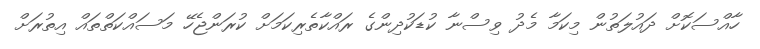
ހާއްސަކޮށް ދައުލަތުން މިކަމާ މެދު ވިސްނާ ކުޑަކުދިންގެ ރައްކާތެރިކަމަށް ކުރަންޖެހޭ މަސައްކަތްތައް އިތުރަށް